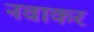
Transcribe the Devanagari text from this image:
नवाकर